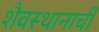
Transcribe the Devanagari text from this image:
शैवस्थानाची